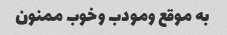
به موقع ومودب وخوب ممنون